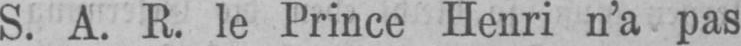
S. A. R. le Prince Henri n’a pas